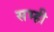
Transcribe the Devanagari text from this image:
सभ्ही